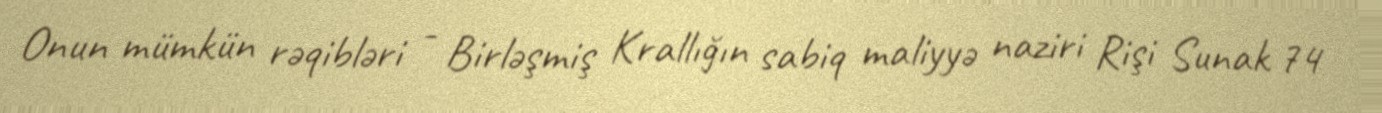
Onun mümkün rəqibləri - Birləşmiş Krallığın sabiq maliyyə naziri Rişi Sunak 74